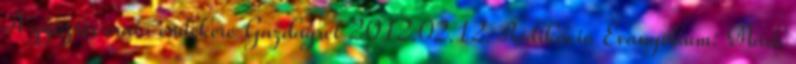
A győztes csata emlékére Gazdagrét 2012.02.12. Prédikáció Evangélium: Márk